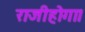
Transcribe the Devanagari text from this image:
राजीहोगा।